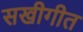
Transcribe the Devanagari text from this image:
सखीगीत